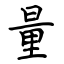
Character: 量